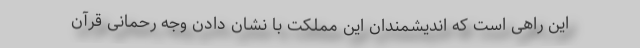
این راهی است که اندیشمندان این مملکت با نشان دادن وجه رحمانی قرآن